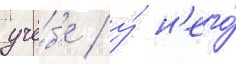
учё́б'е / у́ н'его́